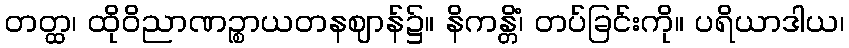
တတ္ထ၊ ထိုဝိညာဏဉ္စာယတနဈာန်၌။ နိကန္တိံ၊ တပ်ခြင်းကို။ ပရိယာဒါယ၊